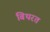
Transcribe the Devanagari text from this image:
बिथरत